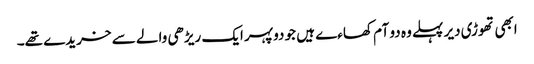
ابھی تھوڑی دیر پہلے وہ دو آم کھاءے ہیں جو دوپہر ایک ریڑھی والے سے خریدے تھے۔